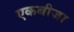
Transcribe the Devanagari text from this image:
एकबीजा